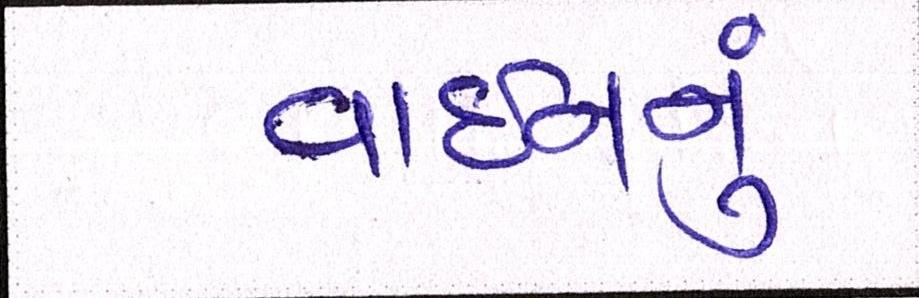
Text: વાઇનનું